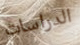
الدراسات